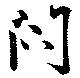
閇